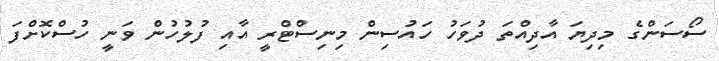
ސޯސަންގެ މިދިޔަ އާދިއްތަ ދުވަހު ހައުސިން މިނިސްޓްރީ އާއި ފުލުހުން ވަނީ ހުސްކޮށްފަ